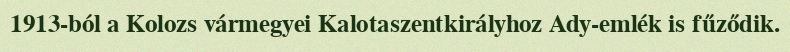
1913-ból a Kolozs vármegyei Kalotaszentkirályhoz Ady-emlék is fűződik.